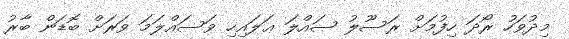
މިދުވަހު ރޯދަ ހިފުމަށް ރަސޫލު ޞައްލަ ޢަލައިހި ވަސައްލަމަ ވަރަށް ބޮޑަން ބާރު